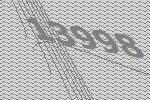
13998